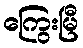
ကြွေးမြီ